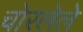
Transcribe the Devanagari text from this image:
चोरलेले